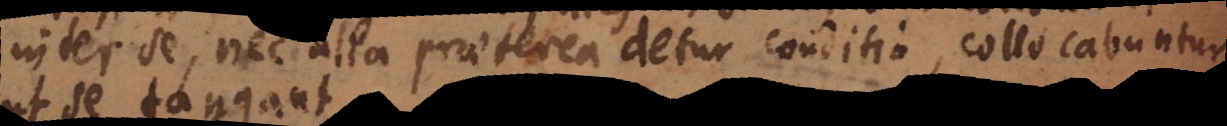
inter se, nec alia praeterea detur conditio, collocabuntur